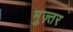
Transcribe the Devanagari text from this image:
मुज़्तर